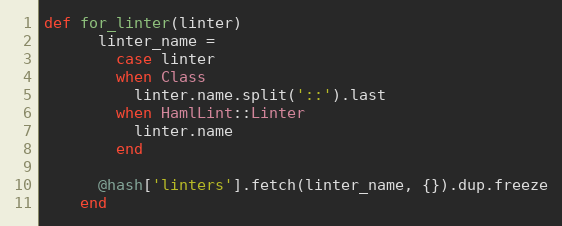
Language: Ruby
def for_linter(linter)
      linter_name =
        case linter
        when Class
          linter.name.split('::').last
        when HamlLint::Linter
          linter.name
        end

      @hash['linters'].fetch(linter_name, {}).dup.freeze
    end